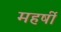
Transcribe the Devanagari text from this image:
महर्षी